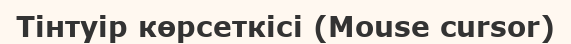
Тінтуір көрсеткісі (Mouse cursor)